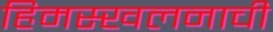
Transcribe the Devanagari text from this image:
हिमस्खलनाची